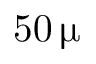
5 0 \, \upmu